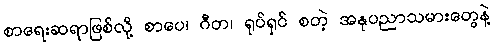
စာရေးဆရာဖြစ်လို့ စာပေ၊ ဂီတ၊ ရုပ်ရှင် စတဲ့ အနုပညာသမားတွေနဲ့